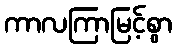
ကာလကြာမြင့်စွာ